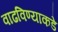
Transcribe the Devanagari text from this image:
वाढविण्याकडे